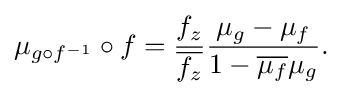
\displaystyle {\mu _{g\circ f^{-1}}\circ f={f_{z} \over {\overline {f_{z}}}}{\mu _{g}-\mu _{f} \over 1-{\overline {\mu _{f}}}\mu _{g}}.}